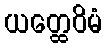
ယတ္ထေဝိမံ